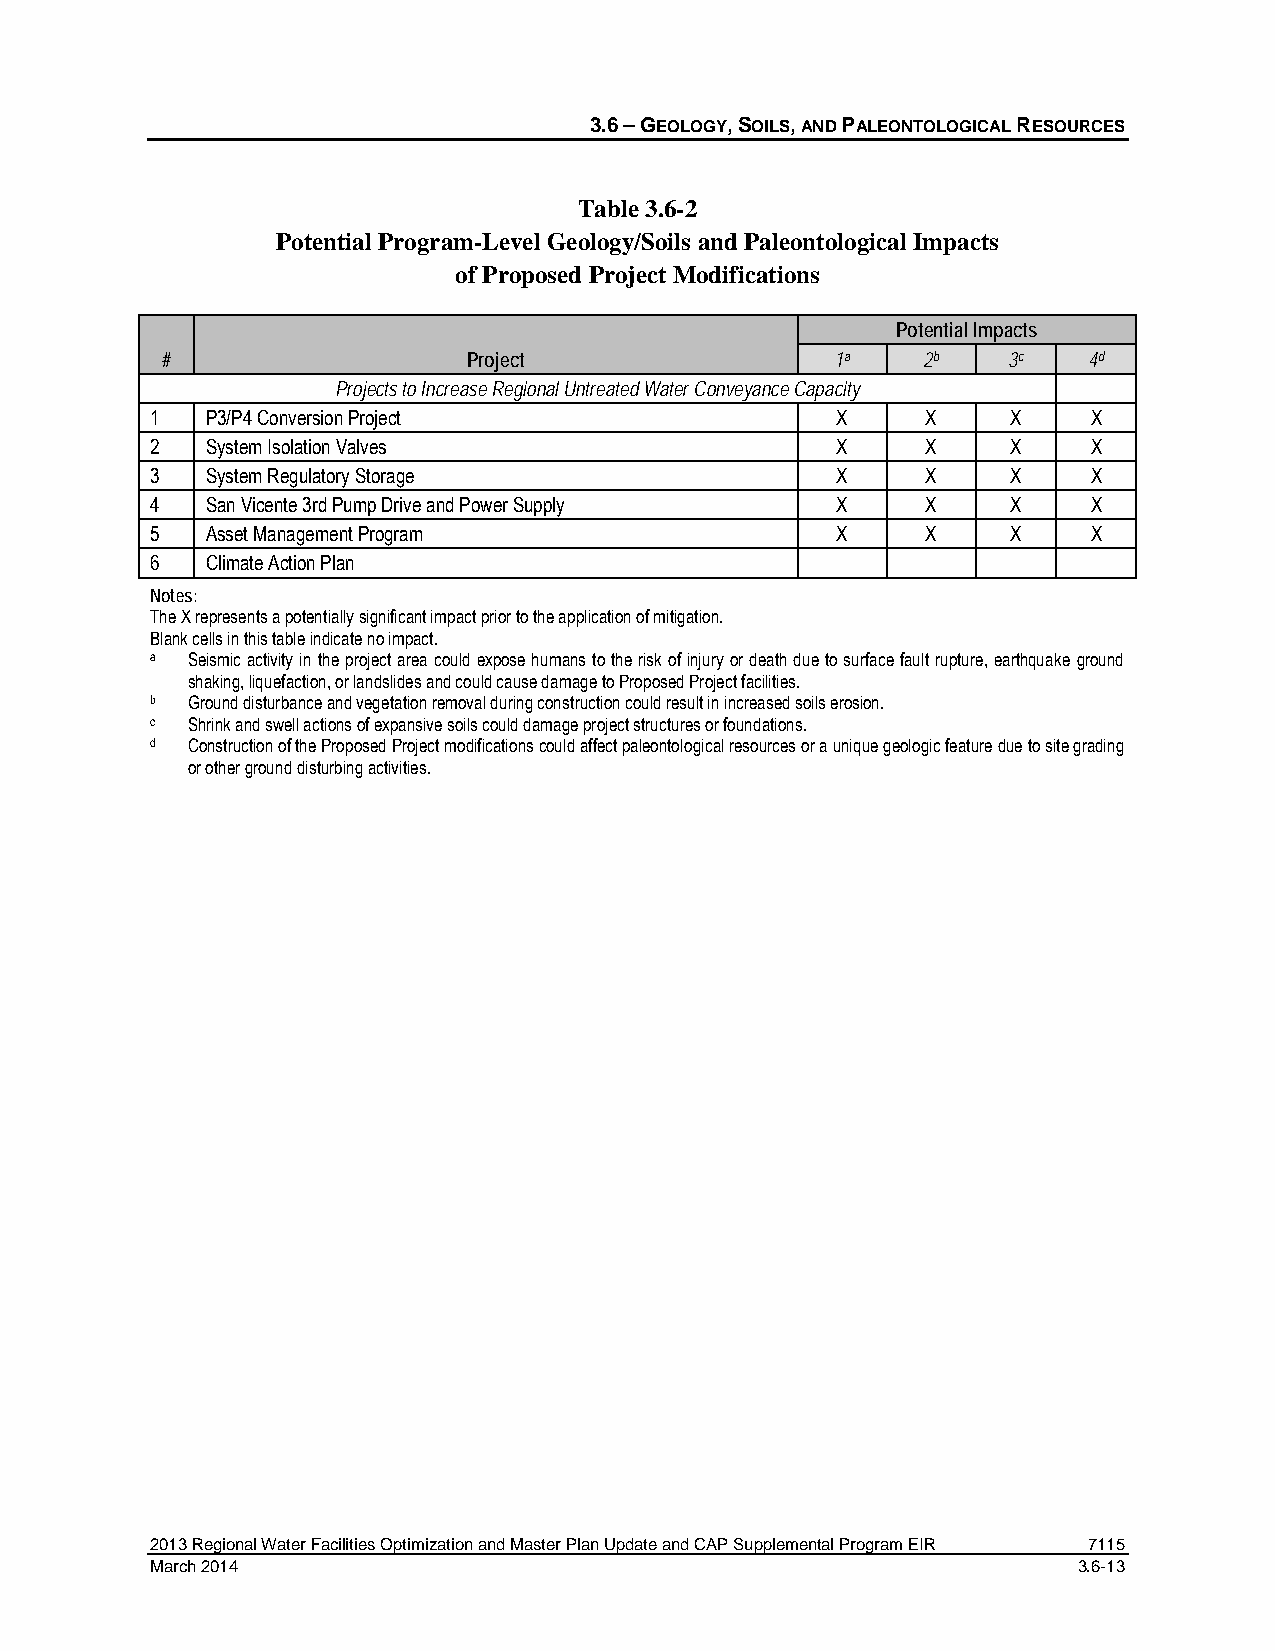
3.6 – GEOLOGY, SOILS, AND PALEONTOLOGICAL RESOURCES
 Table 3.6-2
 Potential Program-Level Geology/Soils and Paleontological Impacts
 of Proposed Project Modifications
 Potential Impacts
 #                   Project                 1a    2b    3c   4d
 Projects to Increase Regional Untreated Water Conveyance Capacity
 1   P3/P4 Conversion Project                 X     X     X    X
 2   System Isolation Valves                  X     X     X    X
 3   System Regulatory Storage                X     X     X    X
 4   San Vicente 3rd Pump Drive and Power Supply X  X     X    X
 5   Asset Management Program                 X     X     X    X
 6   Climate Action Plan
 Notes:
 The X represents a potentially significant impact prior to the application of mitigation.
 Blank cells in this table indicate no impact.
 a Seismic activity in the project area could expose humans to the risk of injury or death due to surface fault rupture, earthquake ground
 shaking, liquefaction, or landslides and could cause damage to Proposed Project facilities.
 b Ground disturbance and vegetation removal during construction could result in increased soils erosion.
 c Shrink and swell actions of expansive soils could damage project structures or foundations.
 d Construction of the Proposed Project modifications could affect paleontological resources or a unique geologic feature due to site grading
 or other ground disturbing activities.
 2013 Regional Water Facilities Optimization and Master Plan Update and CAP Supplemental Program EIR 7115
 March 2014                                                   3.6-13